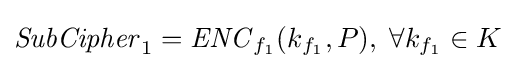
{\mathit {SubCipher}}_{1}={\mathit {ENC}}_{f_{1}}(k_{f_{1}},P),\;\forall k_{f_{1}}\in K